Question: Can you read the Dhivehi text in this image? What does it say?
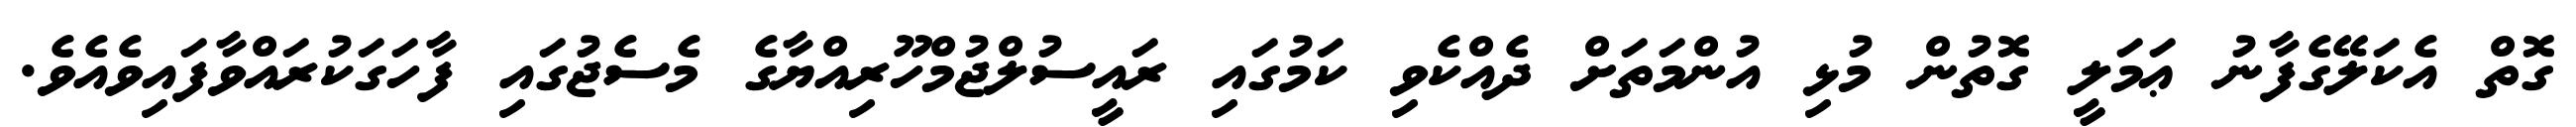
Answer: ގޮތް އެކަލޭގެފާނު ޢަމަލީ ގޮތުން މުޅި އުންމަތަށް ދެއްކެވި ކަމުގައި ރައީސުލްޖުމްހޫރިއްޔާގެ މެސެޖުގައި ފާހަގަކުރައްވާފައިވެއެވެ.